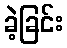
ခဲ့ခြင်း